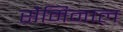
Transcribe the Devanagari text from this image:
सैमिनाल